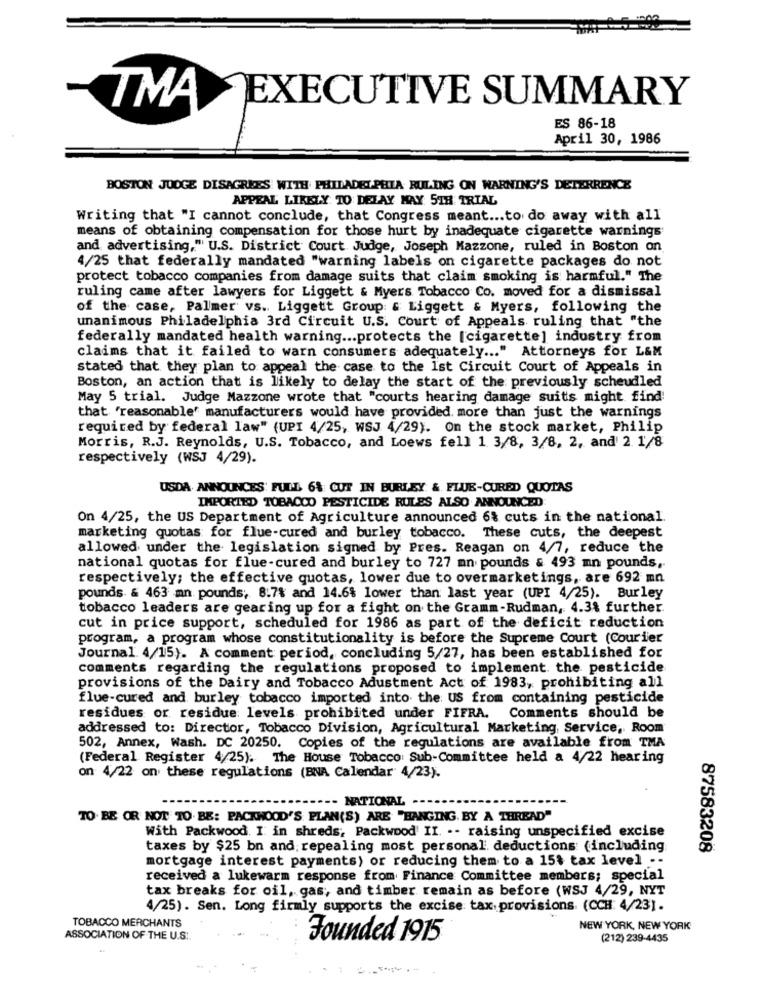
EXECUTIVE SUMMARY
TMA
ES 86-18
April 30, 1986
BOSTON JUDGE DISAGREES WITH PHILADELPHIA RULING ON WARNING'S DETERRENCE
APPEAL LIKELY TO DELAY MAY 5TH TRIAL
Writing that "I cannot conclude, that Congress meant ... to do away with all
means of obtaining compensation for those hurt by inadequate cigarette warnings
and advertising," U.S. District Court Judge, Joseph Mazzone, ruled in Boston on
4/25 that federally mandated "warning labels on cigarette packages do not
protect tobacco companies from damage suits that claim smoking is harmful." The
ruling came after lawyers for Liggett & Myers Tobacco Co. moved for a dismissal
of the case, Palmer vs. Liggett Group: & Liggett & Myers, following the
unanimous Philadelphia 3rd Circuit U.S. Court of Appeals ruling that "the
federally mandated health warning ... protects the [cigarette] industry from
claims that it failed to warn consumers adequately ... " Attorneys for L&M
stated that they plan to appeal the case to the 1st Circuit Court of Appeals in
Boston, an action that is likely to delay the start of the previously scheudled
May 5 trial. Judge Mazzone wrote that "courts hearing damage suits might find
that "reasonable' manufacturers would have provided more than just the warnings
required by federal law" (UPI 4/25, WSJ 4/29). On the stock market, Philip
Morris, R.J. Reynolds, U.S. Tobacco, and Loews fell 1 3/8, 3/8, 2, and' 2. 1/8
respectively (WSJ 4/29).
USDA ANNOUNCES: FULL 6% CUT IN BURLEY & FLUE-CURED QUOTAS
IMPORTED TOBACCO PESTICIDE RULES ALSO ANNOUNCED
On 4/25, the US Department of Agriculture announced 6% cuts in the national.
marketing quotas for flue-cured and burley tobacco. These cuts, the deepest
allowed under the legislation signed by Pres. Reagan on 4/7, reduce the
national quotas for flue-cured and burley to 727 mn pounds & 493 mn pounds,
respectively; the effective quotas, lower due to overmarketings, are 692 mn
pounds & 463 mn pounds; 8.7% and 14.6% lower than last year (UPI 4/25). Burley
tobacco leaders are gearing up for a fight on the Gramm-Rudman, 4.3% further.
cut in price support, scheduled for 1986 as part of the deficit reduction
program, a program whose constitutionality is before the Supreme Court (Courier
Journal. 4/15). A comment period, concluding 5/27, has been established for
comments regarding the regulations proposed to implement the pesticide
provisions of the Dairy and Tobacco Adustment Act of 1983, prohibiting all
flue-cured and burley tobacco imported into the US from containing pesticide
residues or residue levels prohibited under FIFRA. Comments should be
addressed to: Director, Tobacco Division, Agricultural Marketing, Service ,. Room
502, Annex, Wash. DC 20250. Copies of the regulations are available from TMA
(Federal Register 4/25). The House Tobacco: Sub-Committee held a 4/22 hearing
on 4/22 on these regulations (BNA Calendar 4/23).
- NATIONAL
TO BE OR NOT TO BE: PACKWOOD'S PLAN(S) ARE "HANGING. BY A THREAD"
With Packwood. I in shreds, Packwood II. -- raising unspecified excise
taxes by $25 bn and; repealing most personal deductions (including
87583208
mortgage interest payments) or reducing them to a 15% tax level .-
received a lukewarm response from Finance Committee members; special
tax breaks for oil, gas, and timber remain as before (WSJ 4/29, NYT
4/25). Sen. Long firmly supports the excise tax provisions. (CCH: 4/23].
TOBACCO MERCHANTS
NEW YORK, NEW YORK
ASSOCIATION OF THE U.S ..
Founded 1915
(212) 239-4435